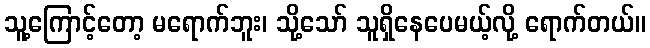
သူ့ကြောင့်တော့ မရောက်ဘူး၊ သို့သော် သူရှိနေပေမယ့်လို့ ရောက်တယ်။